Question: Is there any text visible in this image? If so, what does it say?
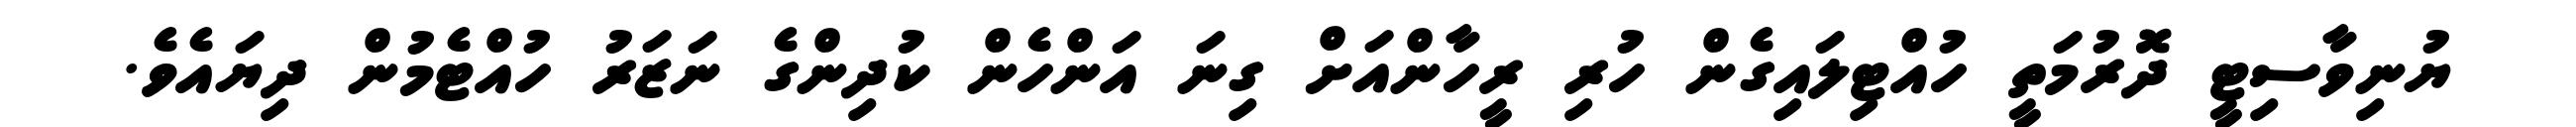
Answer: ޔުނިވާސިޓީ ދޮރުމަތީ ހުއްޓިލައިގެން ހުރި ރީހާންއަށް ގިނަ އަންހެން ކުދިންގެ ނަޒަރު ހުއްޓެމުން ދިޔައެވެ.